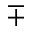
\mp